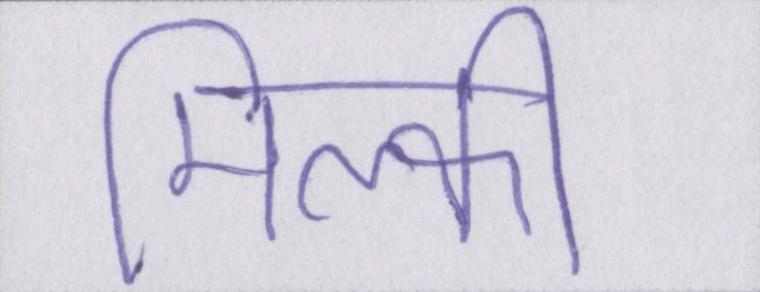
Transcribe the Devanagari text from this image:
मिल्की